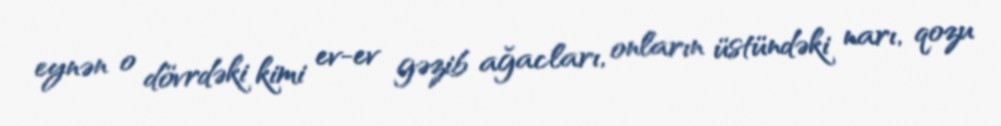
eynən o dövrdəki kimi ev-ev gəzib ağacları, onların üstündəki narı, qozu